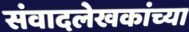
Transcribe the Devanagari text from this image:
संवादलेखकांच्या